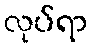
လုပ်ရာ